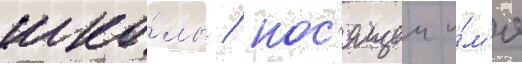
шко́лы / нос'ящеи и́м'я